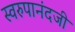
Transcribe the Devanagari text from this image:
स्वरुपानंदजी